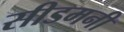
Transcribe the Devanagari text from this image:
सीडमनी